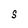
Character: S